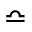
\bumpeq